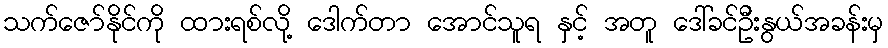
သက်ဇော်နိုင်ကို ထားရစ်လို့ ဒေါက်တာ အောင်သူရ နှင့် အတူ ဒေါ်ခင်ဦးနွယ်အခန်းမှ